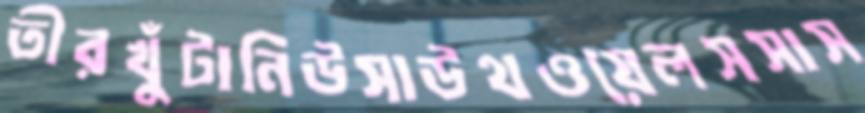
তীরখুঁটানিউসাউথওয়েলসসাস